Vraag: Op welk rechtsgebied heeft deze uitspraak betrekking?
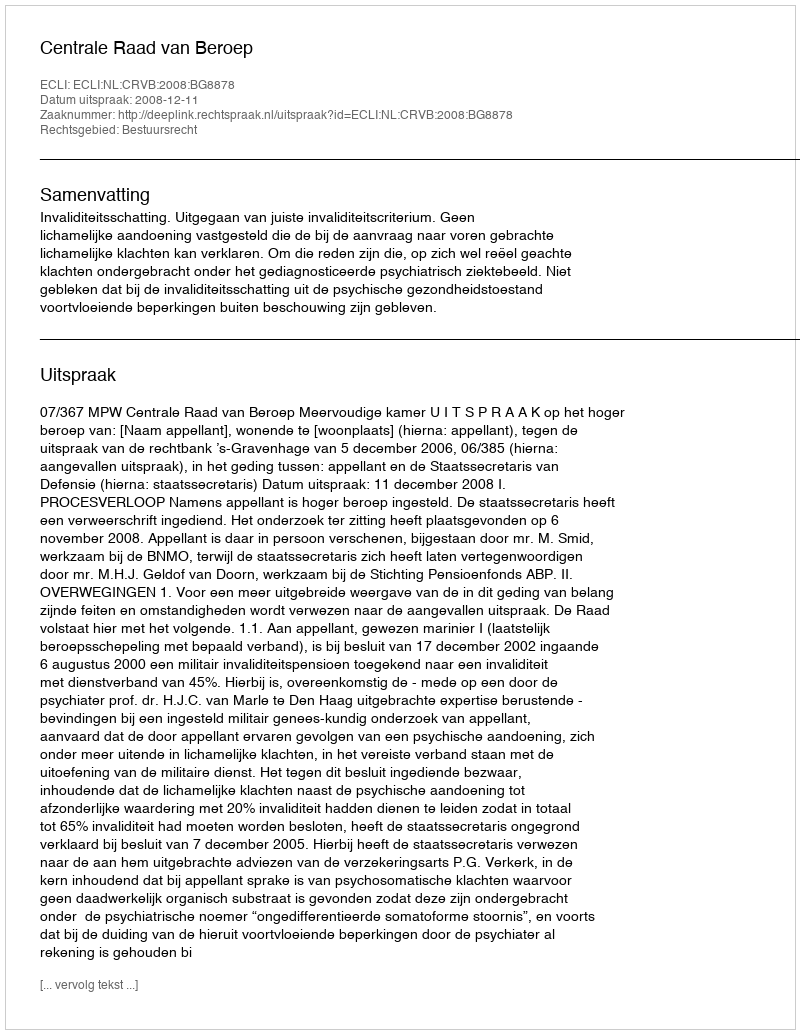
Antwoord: Bestuursrecht